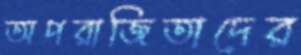
অপরাজিতাদের